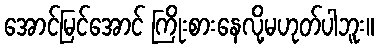
အောင်မြင်အောင် ကြိုးစားနေလို့မဟုတ်ပါဘူး။